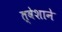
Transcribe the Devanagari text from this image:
त्वेशाने